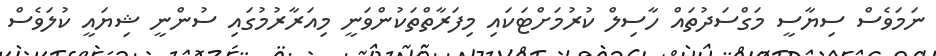
ނަމަވެސް ސިޔާސީ މަގްސަދުތައް ހާސިލް ކުރުމަށްޓަކައި މިފަރާތްތަކުންވަނީ މިއަރާރުމުގައި ސުންނީ ޝިޔައީ ކުލަވެސް